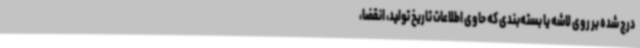
درج شده بر روی لاشه یا بسته‌بندی که حاوی اطلاعات تاریخ تولید، انقضا،